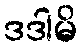
ဒဒါမိ